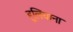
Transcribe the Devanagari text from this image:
हूलियाना